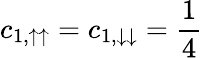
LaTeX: c_{1,\uparrow\uparrow}=c_{1,\downarrow\downarrow}=\frac{1}{4}